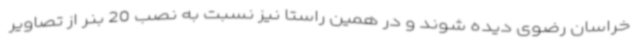
خراسان رضوی دیده شوند و در همین راستا نیز نسبت به نصب 20 بنر از تصاویر